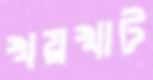
খয়খাট